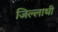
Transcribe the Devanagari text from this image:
जिल्लाथी